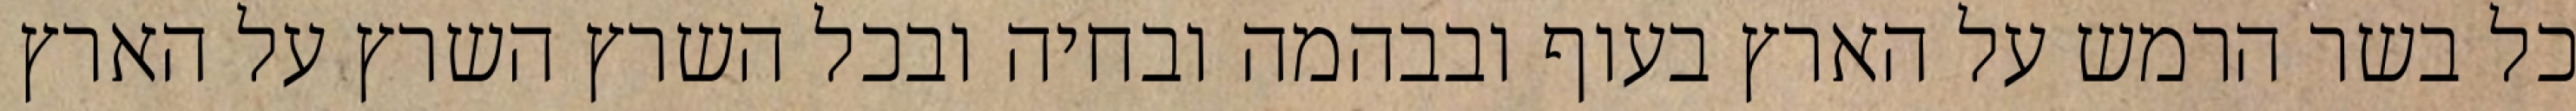
כל בשר הרמש על הארץ בעוף ובבהמה ובחיה ובכל השרץ השרץ על הארץ